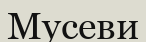
Мусеви